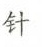
针